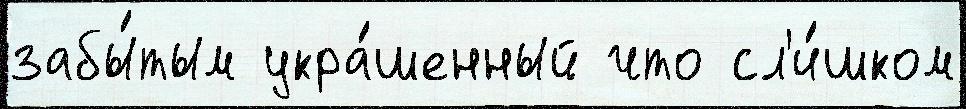
забы́тым укра́шенный что сл'и́шком